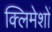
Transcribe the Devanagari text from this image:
क्लिमेशों